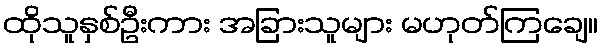
ထိုသူနှစ်ဦးကား အခြားသူများ မဟုတ်ကြချေ။